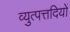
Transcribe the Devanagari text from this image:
व्युत्पत्तदियों